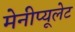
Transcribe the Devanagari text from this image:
मेनीप्यूलेट